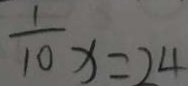
\frac { 1 } { 1 0 } x = 2 4